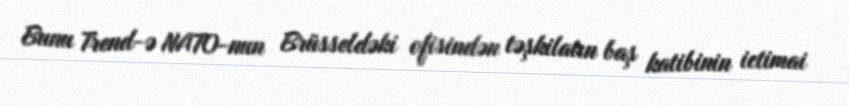
Bunu Trend-ə NATO-nun Brüsseldəki ofisindən təşkilatın baş katibinin ictimai